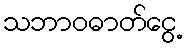
သဘာဝဓာတ်ငွေ့